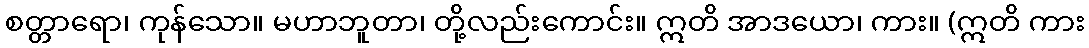
စတ္တာရော၊ ကုန်သော။ မဟာဘူတာ၊ တို့လည်းကောင်း။ ဣတိ အာဒယော၊ ကား။ (ဣတိ ကား